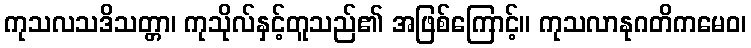
ကုသလသဒိသတ္တာ၊ ကုသိုလ်နှင့်တူသည်၏ အဖြစ်ကြောင့်။ ကုသလာနုဂတိကမေဝ၊